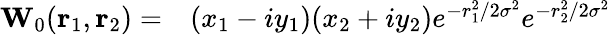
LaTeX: \begin{array}{rl}{\mathbf{{W}}_{0}(\mathbf{r}_{1},\mathbf{r}_{2})=}&{{}(x_{1}-iy_{1})(x_{2}+iy_{2})e^{-r_{1}^{2}/2\sigma^{2}}e^{-r_{2}^{2}/2\sigma^{2}}}\end{array}